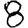
Digit: 8